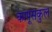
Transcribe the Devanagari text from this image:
कापूसकुल